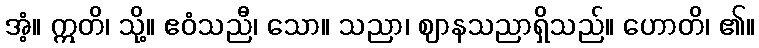
အံ့။ ဣတိ၊ သို့။ ဧဝံသညီ၊ သော။ သညာ၊ ဈာနသညာရှိသည်။ ဟောတိ၊ ၏။